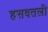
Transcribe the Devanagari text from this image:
हसवतली